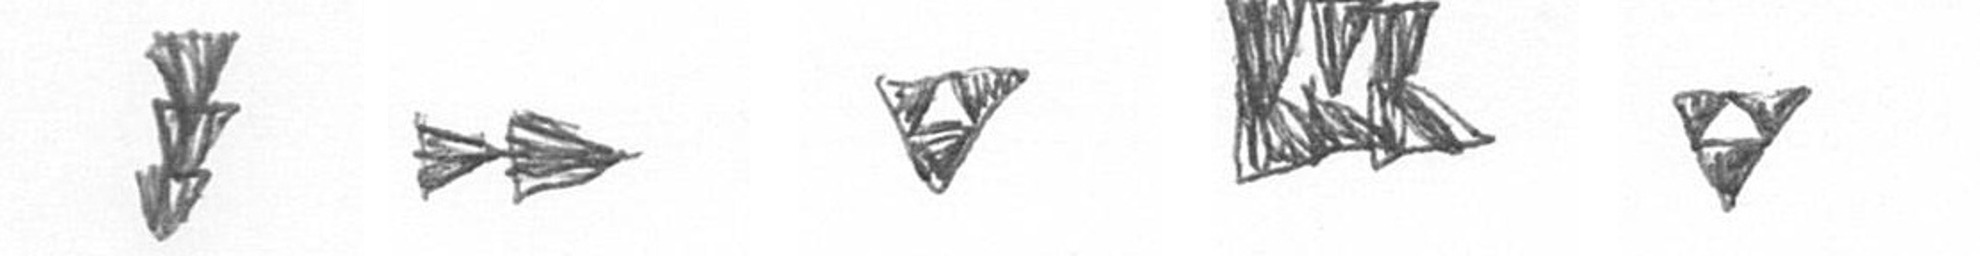
E A S D S